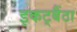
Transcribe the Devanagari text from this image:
इकट्बैंठा